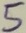
Text: 5